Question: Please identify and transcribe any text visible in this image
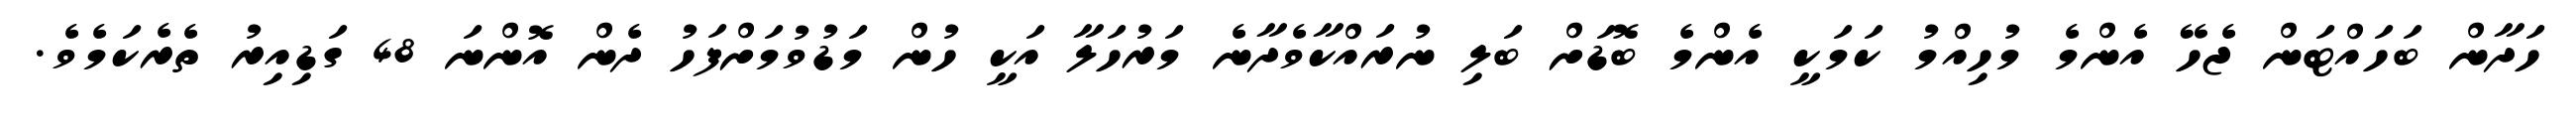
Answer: ހަދާން ބަހައްޓަން ޖެހޭ އެންމެ މުހިއްމު ކަމަކީ އެންމެ ބޮޑަށް ބަލި ނުރައްކާވެދާނެ މަރުހަލާ އަކީ ހުން މަޑުވުމަށްފަހު ދެން އޮންނަ 48 ގަޑިއިރު ތެރެކަމެވެ.